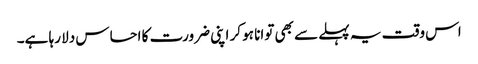
اس وقت یہ پہلے سے بھی توانا ہو کر اپنی ضرورت کا احساس دلا رہا ہے۔